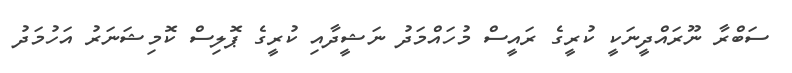
ސަބްރާ ނޫރައްދީނަކީ ކުރީގެ ރައީސް މުހައްމަދު ނަޝީދާއި ކުރީގެ ޕޮލިސް ކޮމިޝަނަރު އަހުމަދު